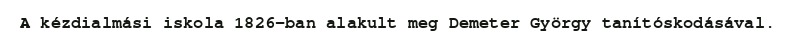
A kézdialmási iskola 1826-ban alakult meg Demeter György tanítóskodásával.